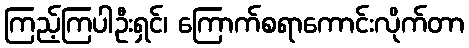
ကြည့်ကြပါဦးရှင်၊ ကြောက်စရာကောင်းလိုက်တာ